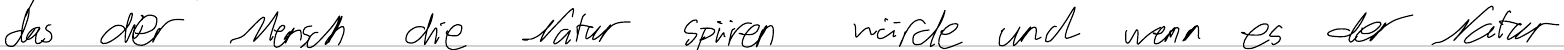
das der Mensch die Natur spüren würde und wenn es der Natur